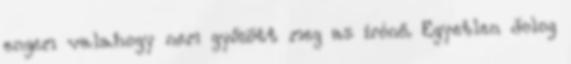
engem valahogy nem győzött meg az írónő. Egyetlen dolog